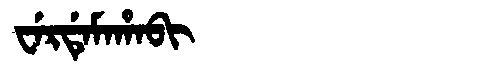
Manchu: ᠸᡝᡵᡩᡝᠮᠠᡥᠠᠪᡳ
Romanization: WERDEMAHABI